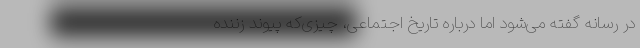
در رسانه گفته می‌شود اما درباره تاریخ اجتماعی، چیزی‌که پیوند زننده‌